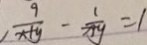
\frac { 9 } { x + y } - \frac { 1 } { x + y } = 1